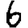
Digit: 6